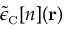
\tilde { \epsilon } _ { \scriptscriptstyle \mathrm { C } } [ n ] ( { \bf r } )